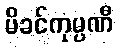
မိခင်ကုမ္ပဏီ